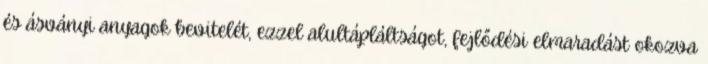
és ásványi anyagok bevitelét, ezzel alultápláltságot, fejlődési elmaradást okozva